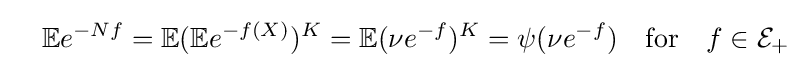
\quad \mathbb {E} e^{-Nf}=\mathbb {E} (\mathbb {E} e^{-f(X)})^{K}=\mathbb {E} (\nu e^{-f})^{K}=\psi (\nu e^{-f})\quad {\text{for}}\quad f\in {\mathcal {E}}_{+}